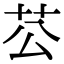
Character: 𦬘